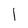
Character: 1